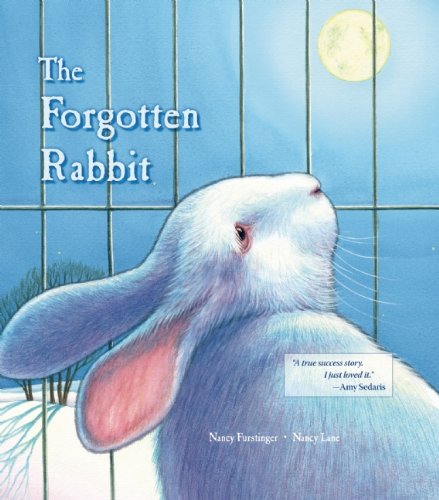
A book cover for The Forgotten Rabbit; Nancy Furstinger; Crafts, Hobbies & Home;